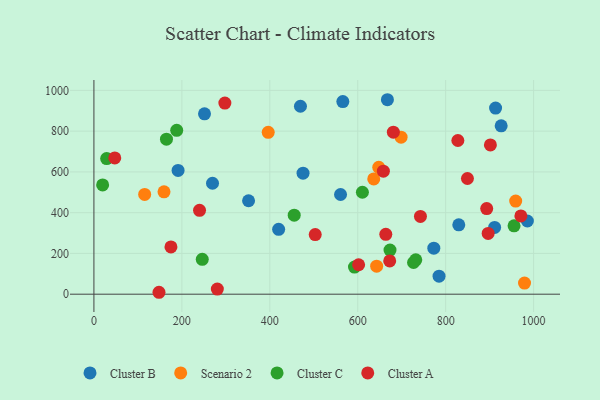
{"axis": {"x": "Distance", "y": "Profit"}, "legend": ["Cluster A", "Cluster B", "Cluster C", "Scenario 2"], "data": [{"x": "269.7", "y": 544.3, "type": "Cluster B"}, {"x": "191.4", "y": 607.1, "type": "Cluster B"}, {"x": "773.0", "y": 225.6, "type": "Cluster B"}, {"x": "420.1", "y": 318.2, "type": "Cluster B"}, {"x": "566.1", "y": 944.9, "type": "Cluster B"}, {"x": "475.6", "y": 593.9, "type": "Cluster B"}, {"x": "911.3", "y": 327.6, "type": "Cluster B"}, {"x": "667.5", "y": 954.1, "type": "Cluster B"}, {"x": "784.9", "y": 88.4, "type": "Cluster B"}, {"x": "560.9", "y": 489.2, "type": "Cluster B"}, {"x": "926.2", "y": 826.2, "type": "Cluster B"}, {"x": "351.7", "y": 458.4, "type": "Cluster B"}, {"x": "469.7", "y": 922.1, "type": "Cluster B"}, {"x": "985.8", "y": 359.2, "type": "Cluster B"}, {"x": "251.5", "y": 884.9, "type": "Cluster B"}, {"x": "913.5", "y": 913.3, "type": "Cluster B"}, {"x": "829.8", "y": 340.4, "type": "Cluster B"}, {"x": "959.2", "y": 456.9, "type": "Scenario 2"}, {"x": "636.4", "y": 565.6, "type": "Scenario 2"}, {"x": "647.8", "y": 622.6, "type": "Scenario 2"}, {"x": "643.0", "y": 137.4, "type": "Scenario 2"}, {"x": "396.4", "y": 794.0, "type": "Scenario 2"}, {"x": "159.4", "y": 502.1, "type": "Scenario 2"}, {"x": "698.6", "y": 770.6, "type": "Scenario 2"}, {"x": "979.3", "y": 54.5, "type": "Scenario 2"}, {"x": "115.4", "y": 489.7, "type": "Scenario 2"}, {"x": "246.4", "y": 171.2, "type": "Cluster C"}, {"x": "732.0", "y": 168.4, "type": "Cluster C"}, {"x": "29.0", "y": 665.6, "type": "Cluster C"}, {"x": "726.9", "y": 155.5, "type": "Cluster C"}, {"x": "19.8", "y": 536.2, "type": "Cluster C"}, {"x": "955.5", "y": 335.3, "type": "Cluster C"}, {"x": "188.3", "y": 804.0, "type": "Cluster C"}, {"x": "673.4", "y": 216.3, "type": "Cluster C"}, {"x": "165.0", "y": 760.4, "type": "Cluster C"}, {"x": "592.6", "y": 133.1, "type": "Cluster C"}, {"x": "455.5", "y": 387.8, "type": "Cluster C"}, {"x": "610.6", "y": 500.2, "type": "Cluster C"}, {"x": "971.0", "y": 384.1, "type": "Cluster A"}, {"x": "849.5", "y": 567.5, "type": "Cluster A"}, {"x": "503.3", "y": 292.5, "type": "Cluster A"}, {"x": "681.0", "y": 794.7, "type": "Cluster A"}, {"x": "47.4", "y": 668.8, "type": "Cluster A"}, {"x": "280.7", "y": 25.3, "type": "Cluster A"}, {"x": "175.2", "y": 231.9, "type": "Cluster A"}, {"x": "297.8", "y": 937.8, "type": "Cluster A"}, {"x": "742.6", "y": 381.4, "type": "Cluster A"}, {"x": "663.8", "y": 293.8, "type": "Cluster A"}, {"x": "602.0", "y": 144.5, "type": "Cluster A"}, {"x": "901.7", "y": 732.3, "type": "Cluster A"}, {"x": "148.0", "y": 9.4, "type": "Cluster A"}, {"x": "658.3", "y": 603.6, "type": "Cluster A"}, {"x": "240.2", "y": 411.7, "type": "Cluster A"}, {"x": "893.3", "y": 420.0, "type": "Cluster A"}, {"x": "672.7", "y": 163.0, "type": "Cluster A"}, {"x": "896.6", "y": 298.2, "type": "Cluster A"}, {"x": "827.7", "y": 754.0, "type": "Cluster A"}]}